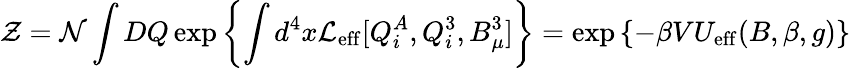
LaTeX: {\cal Z}={\cal N}\int DQ\exp\left\{ \int d^{4}x{\cal L}_{\mathrm{eff}}[Q_{i}^{A},Q_{i}^{3},B_{\mu}^{3}]\right\} =\exp\left\{ -\beta VU_{\mathrm{eff}}(B,\beta,g)\right\}